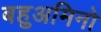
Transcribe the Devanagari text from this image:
बहुअमिनो